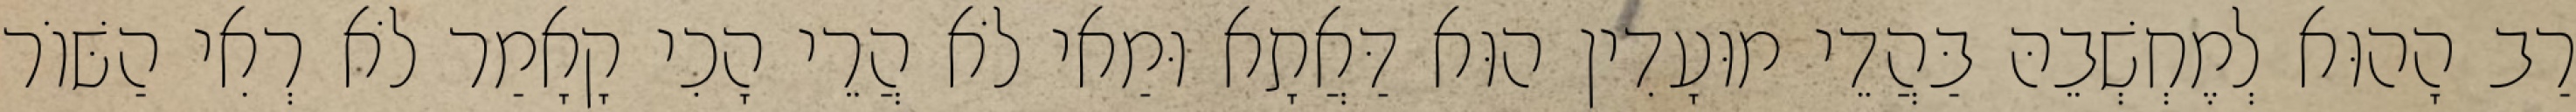
רַב הָהוּא לְמֶחְשְׁבֵהּ בַּהֲדֵי מוּעָדִין הוּא דַּאֲתָא וּמַאי לֹא הֲרֵי הָכִי קָאָמַר לֹא רְאִי הַשּׁוֹר